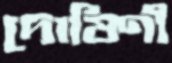
দোষিণী